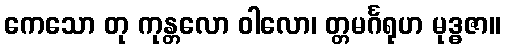
ကေသော တု ကုန္တလော ဝါလော၊ တ္တမင်္ဂရုဟ မုဒ္ဓဇာ။